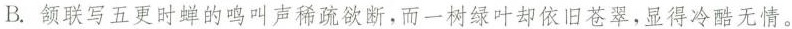
B.颔联写五更时蝉的鸣叫声稀疏欲断，而一树绿叶却依旧苍翠，显得冷酷无情。